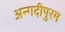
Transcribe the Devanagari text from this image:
अन्गदीपुरम